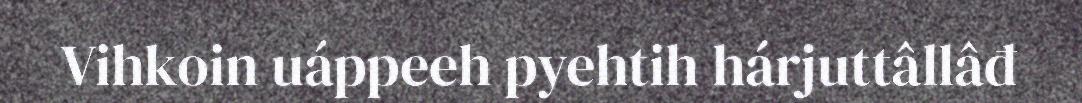
Vihkoin uáppeeh pyehtih hárjuttâllâđ